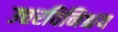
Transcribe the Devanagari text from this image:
उत्तरविनिश्चय